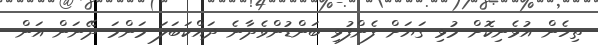
ތިހެން އުޅެނިކޮށް މުޅި ގަޔަށް ފެންފުޅި ބަންޑުންވެދާނެ ދައްކަބަލަ މަންމަ ދޭނަން އަން